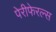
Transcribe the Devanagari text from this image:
पेरीफेरल्स